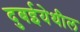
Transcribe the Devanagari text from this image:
दुबईयेथील